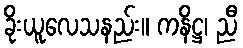
ခိုးယူလေသနည်း။ ကနိဋ္ဌ၊ ညီ